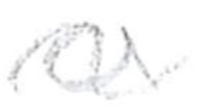
Text: a
Cross-out: mix
Writing tool: pencil